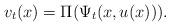
LaTeX: \begin{align*}v_t(x)= \Pi(\Psi_t(x,u(x))).\end{align*}